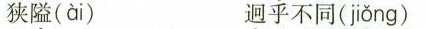
狭隘(ài) 迥乎不同( jiǒng )